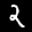
Label: 2